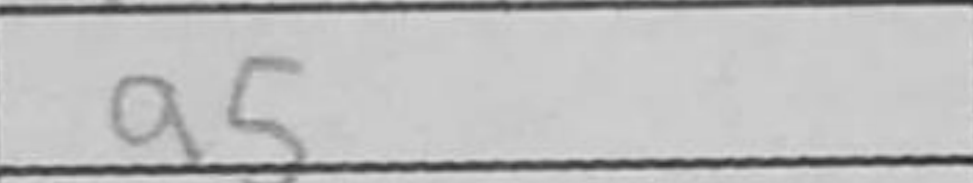
Transcription: a5